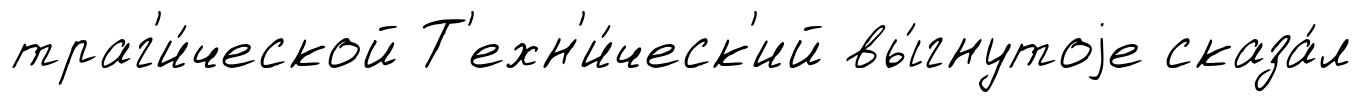
траг'и́ческой Т'ехн'и́ческ'ий вы́гнутоjе сказа́л